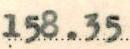
158.35